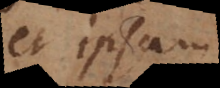
et ipsam